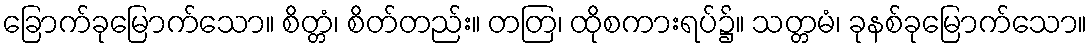
ခြောက်ခုမြောက်သော။ စိတ္တံ၊ စိတ်တည်း။ တတြ၊ ထိုစကားရပ်၌။ သတ္တမံ၊ ခုနစ်ခုမြောက်သော။